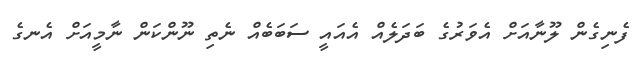
ފެނިގެން ލޫނާއަށް އެވަރުގެ ބަދަލެއް އެއައީ ސަބަބެއް ނެތި ނޫންކަން ނާމީއަށް އެނގެ